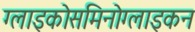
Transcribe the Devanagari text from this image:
ग्लाइकोसमिनोग्लाइकन